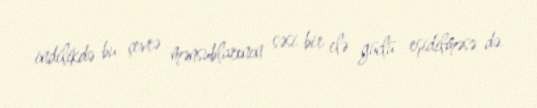
indilikdə bu çevrə mənsublarının səsi bir elə güclü eşidilməsə də.